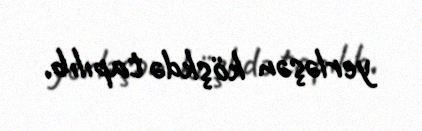
yerləşən köşkdə tapılıb.